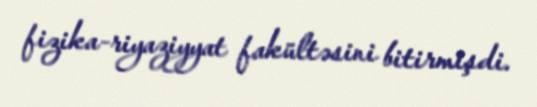
fizika-riyaziyyat fakültəsini bitirmişdi.